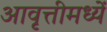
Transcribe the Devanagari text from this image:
आवृत्तीमध्यें